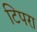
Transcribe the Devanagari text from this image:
टिपरा